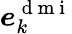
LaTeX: \boldsymbol{e}_{k}^{\mathrm{~d~m~i~}}